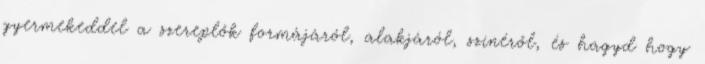
gyermekeddel a szereplők formájáról, alakjáról, színéről, és hagyd hogy